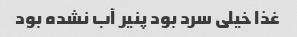
غذا خیلی سرد بود پنیر آب نشده بود